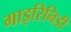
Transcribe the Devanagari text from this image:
गाइरिनिडी